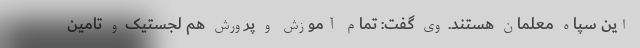
این سپاه معلمان هستند. وی گفت: تمام آموزش و پرورش هم لجستیک و تامین